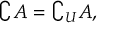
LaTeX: \complement A = \complement _ { U } A ,